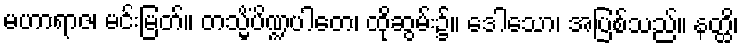
မဟာရာဇ၊ မင်းမြတ်။ တသ္မိံပိဏ္ဍပါတေ၊ ထိုဆွမ်း၌။ ဒေါသော၊ အပြစ်သည်။ နတ္ထိ၊